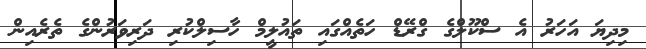
މިދިޔަ އަހަރު އެ ސްކޫލްގެ ގްރޭޑް ހަތެއްގައި ތައުލީމް ހާސިލްކުރި ދަރިވަރުންގެ ތެރެއިން